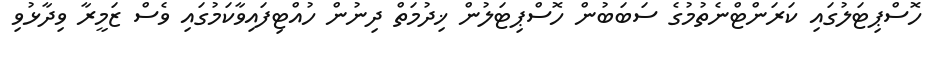
ހޮސްޕިޓަލުގައި ކަރަންޓްނެތުމުގެ ސަބަބުން ހޮސްޕިޓަލުން ޚިދުމަތް ދިނުން ހުއްޓިފައިވާކަމުގައި ވެސް ޒަމީރާ ވިދާޅުވި